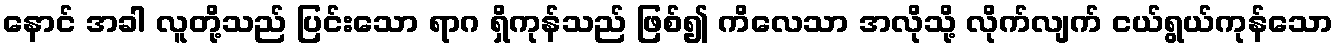
နောင် အခါ လူတို့သည် ပြင်းသော ရာဂ ရှိကုန်သည် ဖြစ်၍ ကိလေသာ အလိုသို့ လိုက်လျက် ငယ်ရွယ်ကုန်သော